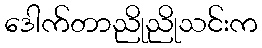
ဒေါက်တာညိုညိုသင်းက